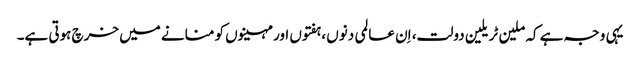
یہی وجہ ہے کہ ملین ٹریلین دولت، اِن عالمی دنوں ،ہفتوں اور مہینوں کو منانے میں خرچ ہوتی ہے۔